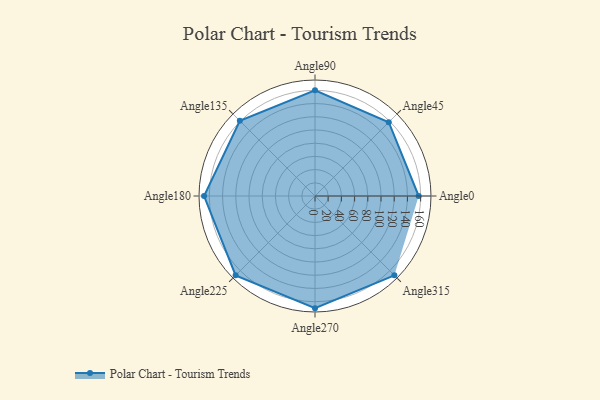
{"axis": {"x": "Angle", "y": "Radius"}, "legend": [""], "data": [{"x": "Angle0", "y": 157.0, "type": ""}, {"x": "Angle45", "y": 158.0, "type": ""}, {"x": "Angle90", "y": 160.0, "type": ""}, {"x": "Angle135", "y": 161.0, "type": ""}, {"x": "Angle180", "y": 168.0, "type": ""}, {"x": "Angle225", "y": 170, "type": ""}, {"x": "Angle270", "y": 170, "type": ""}, {"x": "Angle315", "y": 170, "type": ""}]}